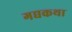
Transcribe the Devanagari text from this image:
गद्यकथा